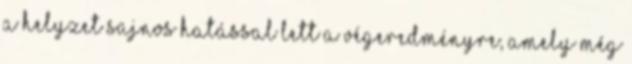
a helyzet sajnos hatással lett a végeredményre, amely még